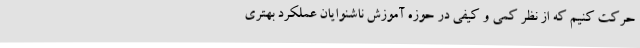
حرکت کنیم که از نظر کمی و کیفی در حوزه آموزش ناشنوایان عملکرد بهتری